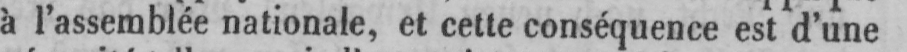
à l’assemblée nationale, et cette conséquence est d’une